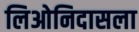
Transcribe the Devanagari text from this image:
लिओनिदासला